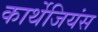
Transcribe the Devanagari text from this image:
कार्थेजियंस